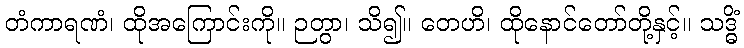
တံကာရဏံ၊ ထိုအကြောင်းကို။ ဉတွာ၊ သိ၍။ တေဟိ၊ ထိုနောင်တော်တို့နှင့်။ သဒ္ဓိံ